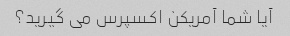
آیا شما آمریکن اکسپرس می گیرید؟